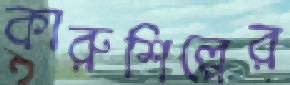
কারুশিল্পের